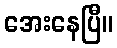
အေးနေပြီ။